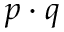
p \cdot q